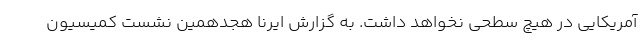
آمریکایی در هیچ سطحی نخواهد داشت. به گزارش ایرنا هجدهمین نشست کمیسیون